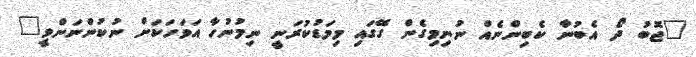
"ޖޮބު ދޯ އެބުނާ ކެބިންނެއް ނުނިމިގެން ގޭގައި މިމަޑުކުރަނީ ނިމުނުހާ އަވަހަކަށް ނުކުންނަންވީ"